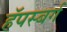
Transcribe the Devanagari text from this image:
हॅपस्बर्ग